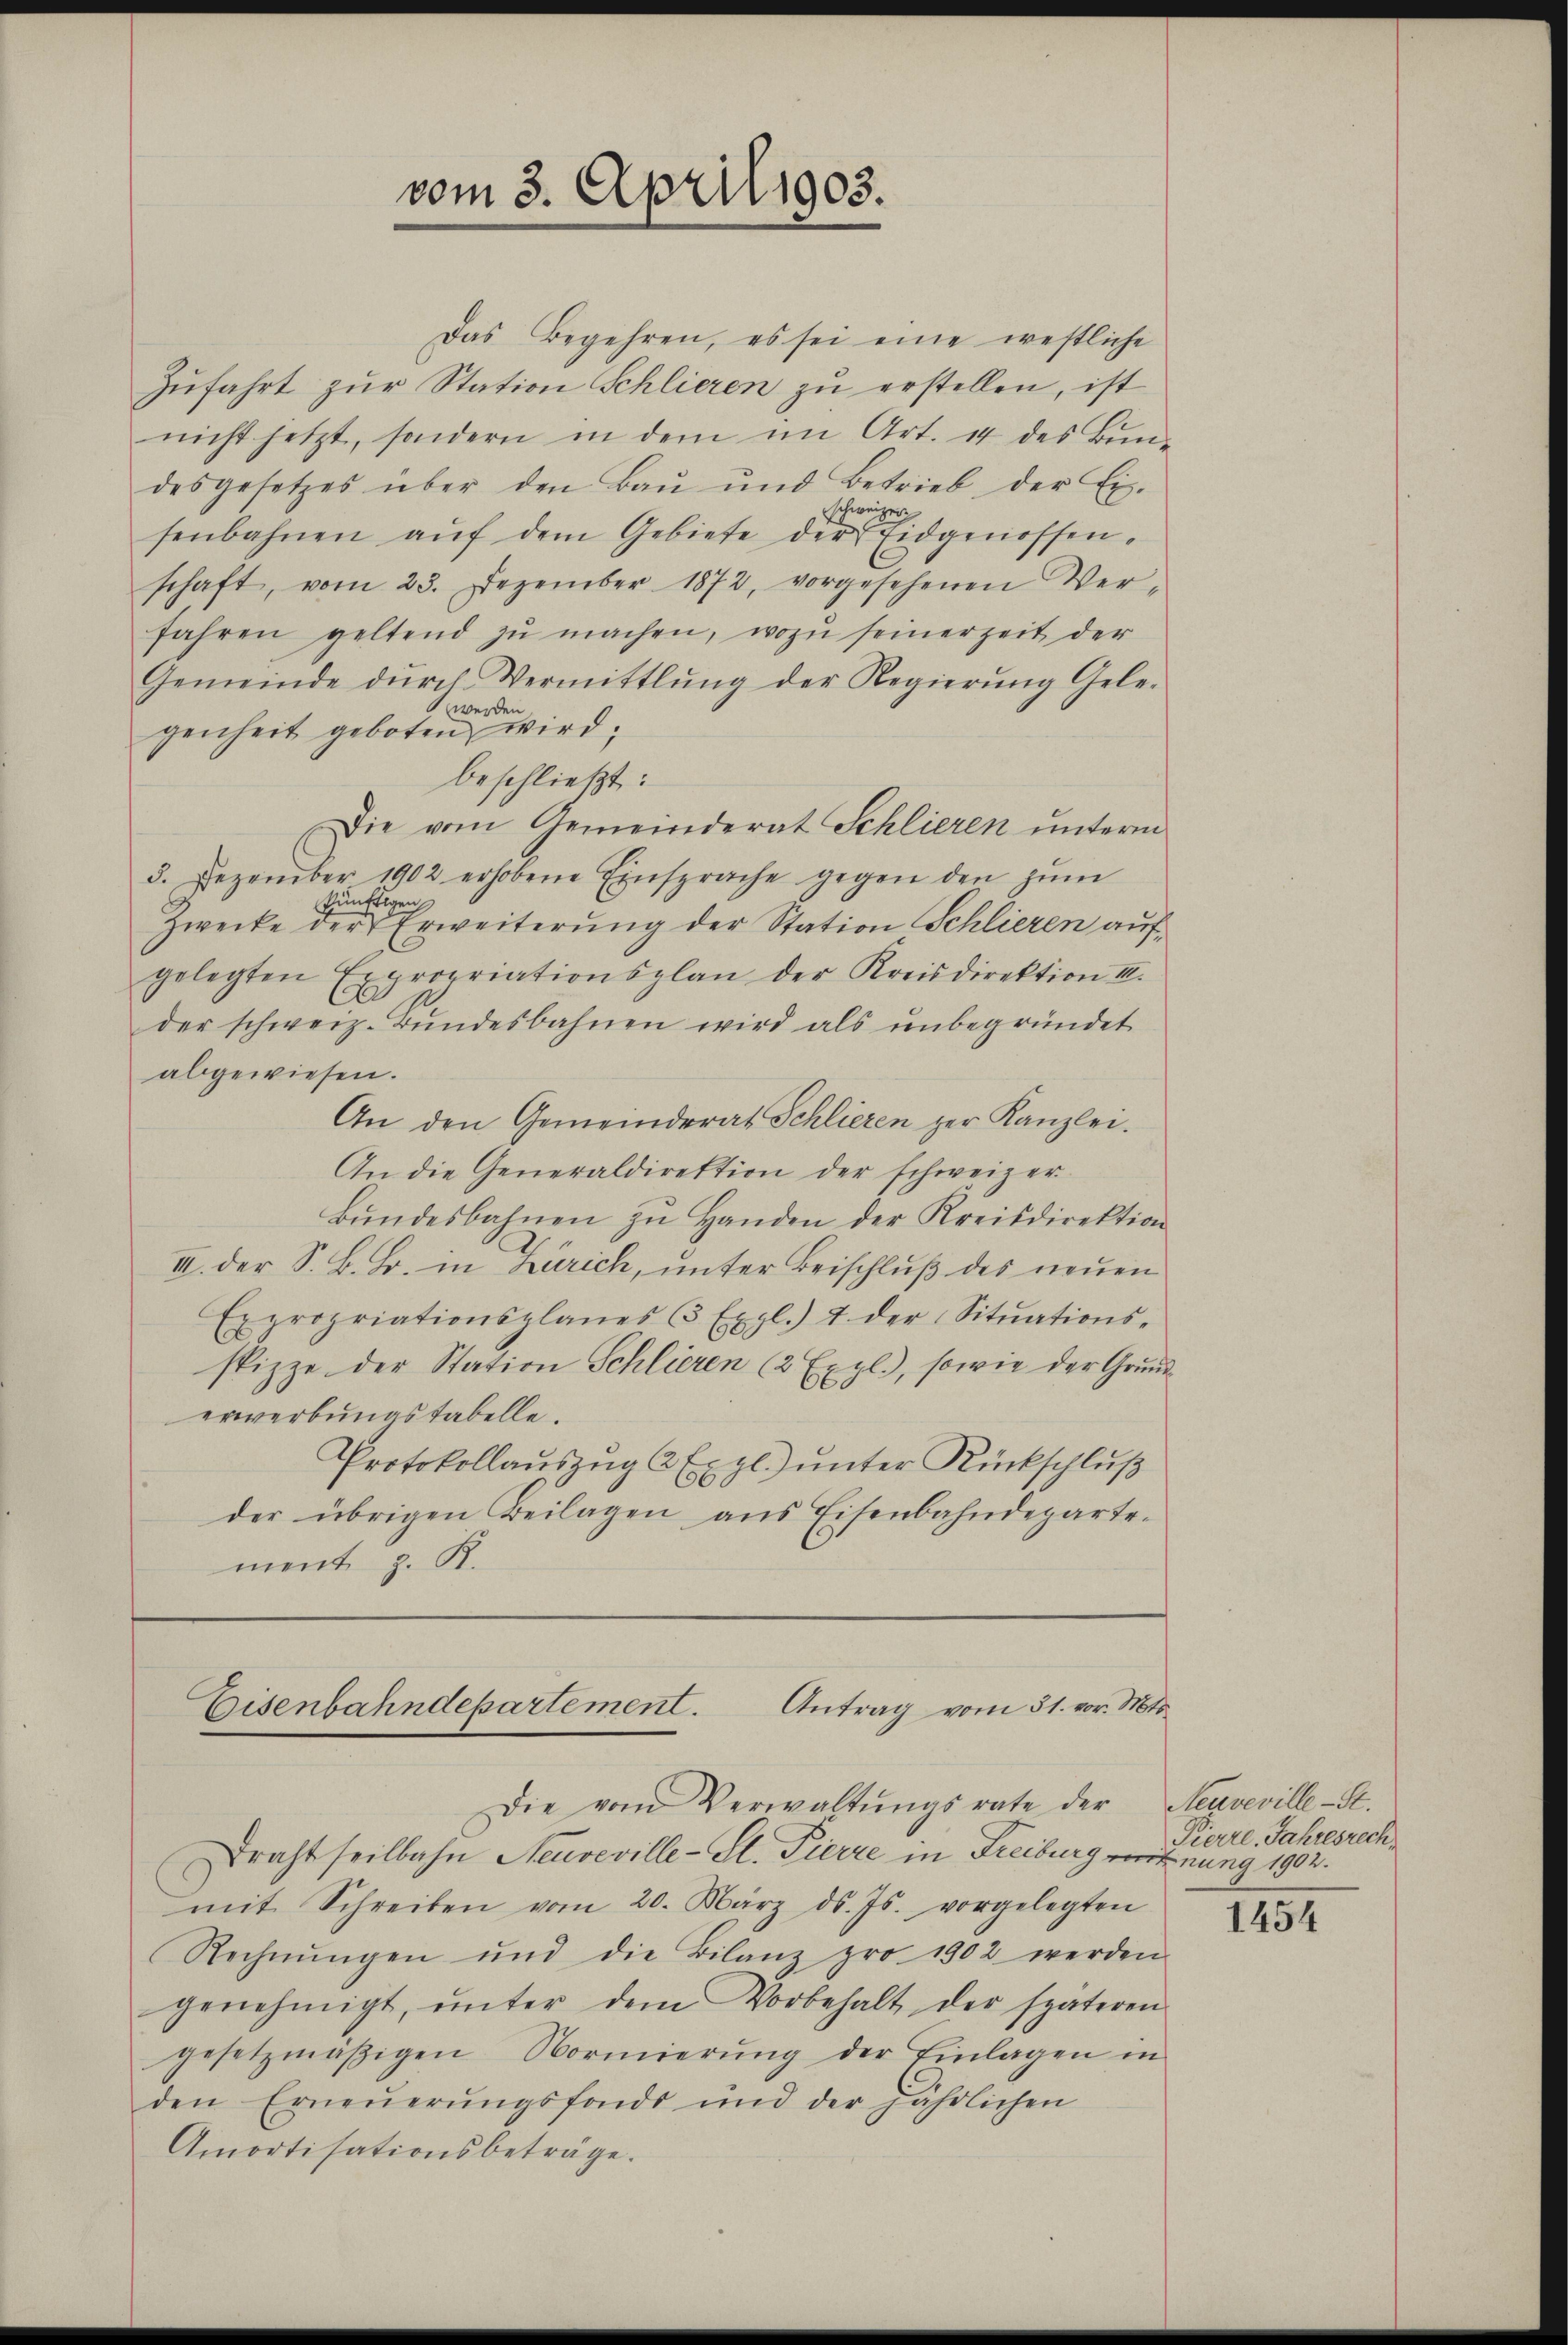
Das Begehren, es sei eine westliche
zufahrt zur Station Schlieren zu erstellen, ist
nicht jetzt, sondern in dem im Art. 44 des Bun-
desgesetzes über den Baŭ und Betrieb, der Ei-
schweizer
senbahnen aŭf dem Gebiete der Eidgenossen-
schaft, vom 23. Dezember 1872, vorgesehenen Ver-
fahren geltend zŭ machen, wozu seinerzeit der
Gemeinde dŭrch Vermittlung der Regierŭng Gele-
S. werden
genheit geboten wird;
beschließt:
Die vom Gemeinderat Schlieren unterm
3. Dezember 1902 erhobene Einsprache gegen den zŭm
künftigen
Zwecke der Erweiterung der Station Schlieren aufgelegten Expropriationsplan der Kreisdirektion II.
der schweiz. Bŭndesbahnen wird als ŭnbegründet
abgewiesen.
An den Gemeinderat Schlieren zur Kanzlei.
An die Generaldirektion der schweizer
bŭndesbahnen zŭ Handen der Kreisdirektion
III. der S. B. B. in Zürich, unter Beischluß des neuen
Expropriationsplanes 3 Expl.) u. der Sitŭations-
spizze der Station Schlieren (2 Expl.), sowie der Grund-
erwerbungstabelle.
Protokollaŭszŭg 6 Expl.) unter Rückschluß
der übrigen Beilagen aus Eisenbahndepartement z. R.

vom 3. April 1903.

Eisenbahndepartement. Antrag vom 31. vor. Mts.
Die vom Verwaltŭngsrate der Neuveville-S.

Draht seilbahn Neuveville-St. Pierre in Freiburg vernung 1902.
mit Schreiben vom 20. März d. Js. vorgelegten
Rechnŭngen und die Bilanz pro 1902 werden
genehmigt, ŭnter dem Vorbehalt der späteren
gesetzmäßigen Normierŭng der Einlagen in
den Erneŭerŭngsfonds und der jährlichen
Amortisationsbeträge.

Pierre. Jahresrech

1454